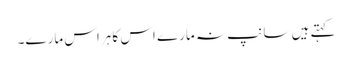
کہتے ہیں سانپ نہ مارے اس کا ہراس مارے۔